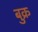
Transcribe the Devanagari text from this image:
बुक्र